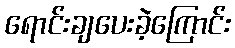
ရောင်းချပေးခဲ့ကြောင်း